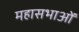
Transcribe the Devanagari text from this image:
महासभाओं